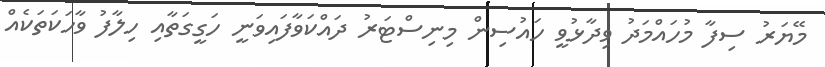
މޭޔަރު ސިފާ މުހައްމަދު ވިދާޅުވީ ހައުސިން މިނިސްޓަރު ދައްކަވާފައިވަނީ ހަގީގަތާއި ހިލާފު ވާހަކަތަކެއް